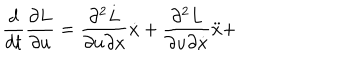
\frac { d } { d t } \frac { \partial L } { \partial u } = \frac { \partial ^ { 2 } L } { \partial u \partial x } \dot { x } + \frac { \partial ^ { 2 } L } { \partial u \partial \dot { x } } \ddot { x } +